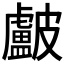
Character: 𥀵